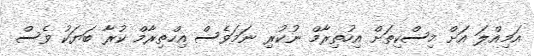
އަމިއްލަ އަށް މިސްކިތަށް އިހުތިރާމް ނުކުރި ނަމަވެސް އިހްތިރާމް ކުރާ ބަޔަކު ވެސް